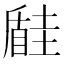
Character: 𡐠